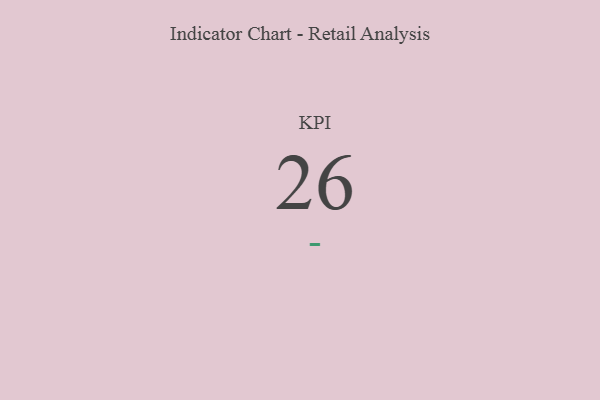
{"axis": {"x": "KPI", "y": "Value"}, "legend": [""], "data": [{"x": "KPI", "y": 26, "type": ""}]}